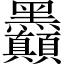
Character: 𪓇